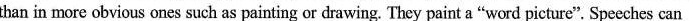
than in more obvious ones such as painting or drawing. They paint a "word picture". Speeches can